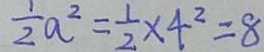
\frac { 1 } { 2 } a ^ { 2 } = \frac { 1 } { 2 } \times 4 ^ { 2 } = 8